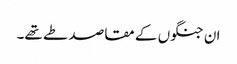
ان جنگوں کے مقاصد طے تھے۔